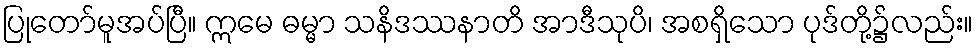
ပြုတော်မူအပ်ပြီ။ ဣမေ ဓမ္မာ သနိဒဿနာတိ အာဒီသုပိ၊ အစရှိသော ပုဒ်တို့၌လည်း။